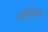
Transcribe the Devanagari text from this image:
अग्रीमेंट्स